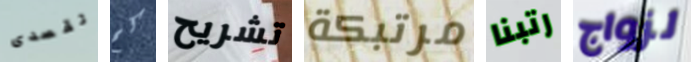
تقصدى كم تشريح مرتبكة رتبنا لزواج